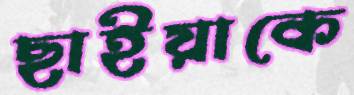
ছাইয়াকে